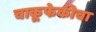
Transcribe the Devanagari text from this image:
चाकूफेकीचा